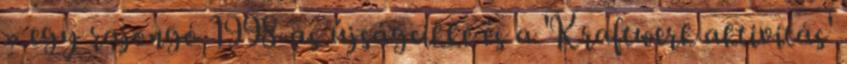
» egy rajongó 1998-as újságcikke és a 'Kraftwerk aktivitás'